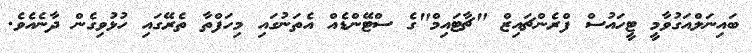
ބައިނަލްއަގުވާމީ ޓީހައުސް ފްރެންޗައިޒް "ޗާޓައިމް"ގެ ސްޓޭންޑެއް އެތަނުގައި މިހަފްތާ ތެރޭގައި ހުޅުވިގެން ދާނެއެވެ.